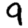
Digit: 9